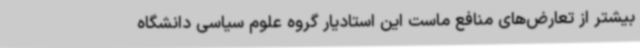
بیشتر از تعارض‌های منافع ماست این استادیار گروه علوم سیاسی دانشگاه